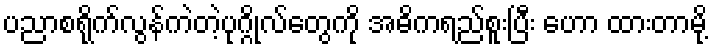
ပညာစရိုက်လွန်ကဲတဲ့ပုဂ္ဂိုလ်တွေကို အဓိကရည်စူးပြီး ဟော ထားတာမို့